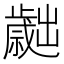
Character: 𣦬